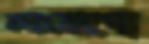
কারযোগে